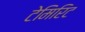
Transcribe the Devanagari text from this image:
टेमिरिट